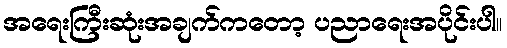
အရေးကြီးဆုံးအချက်ကတော့ ပညာရေးအပိုင်းပါ။